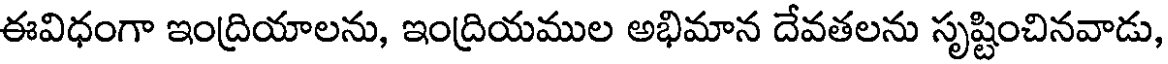
ఈవిధంగా ఇంద్రియాలను, ఇంద్రియముల అభిమాన దేవతలను సృష్టించినవాడు,